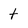
Character: t